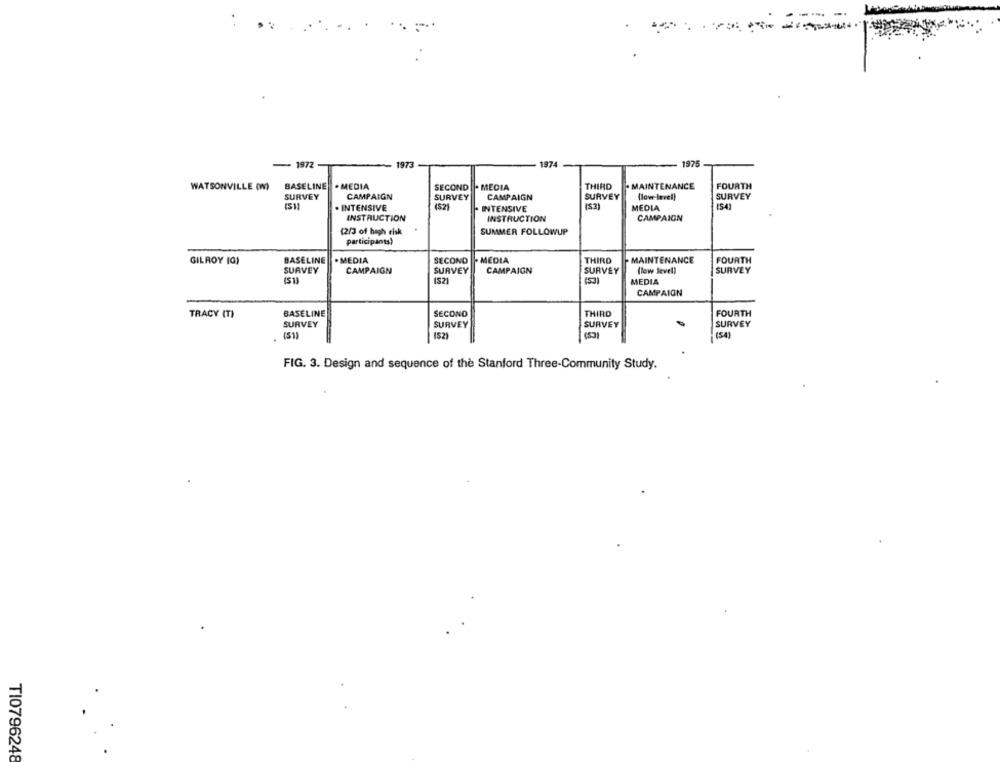
- 1972
1973
1974
1975
WATSONVILLE (W)
BASELINE
. MEDIA
SECOND
- MEDIA
THIRD
. MAINTENANCE
FOURTH
SURVEY
CAMPAIGN
SURVEY
CAMPAIGN
SURVEY
(low level)
SURVEY
(52)
(53)
. INTENSIVE
INTENSIVE
MEDIA
INSTRUCTION
INSTRUCTION
CAMPAIGN
(2/3 of high risk
SUMMER FOLLOWUP
participants)
BASELINE
. MEDIA
SECOND
. MEDIA
THIRD
MAINTENANCE
FOURTH
GILROY (Q)
SURVEY
CAMPAIGN
SURVEY
CAMPAIGN
SURVEY
(low level)
SURVEY
(S2]
MEDIA
CAMPAIGN
BASELINE
SECOND
THIRD
FOURTH
TRACY (T)
SURVEY
SURVEY
SURVEY
SURVEY
(52)
(54)
FIG. 3. Design and sequence of the Stanford Three-Community Study.
TI0796248